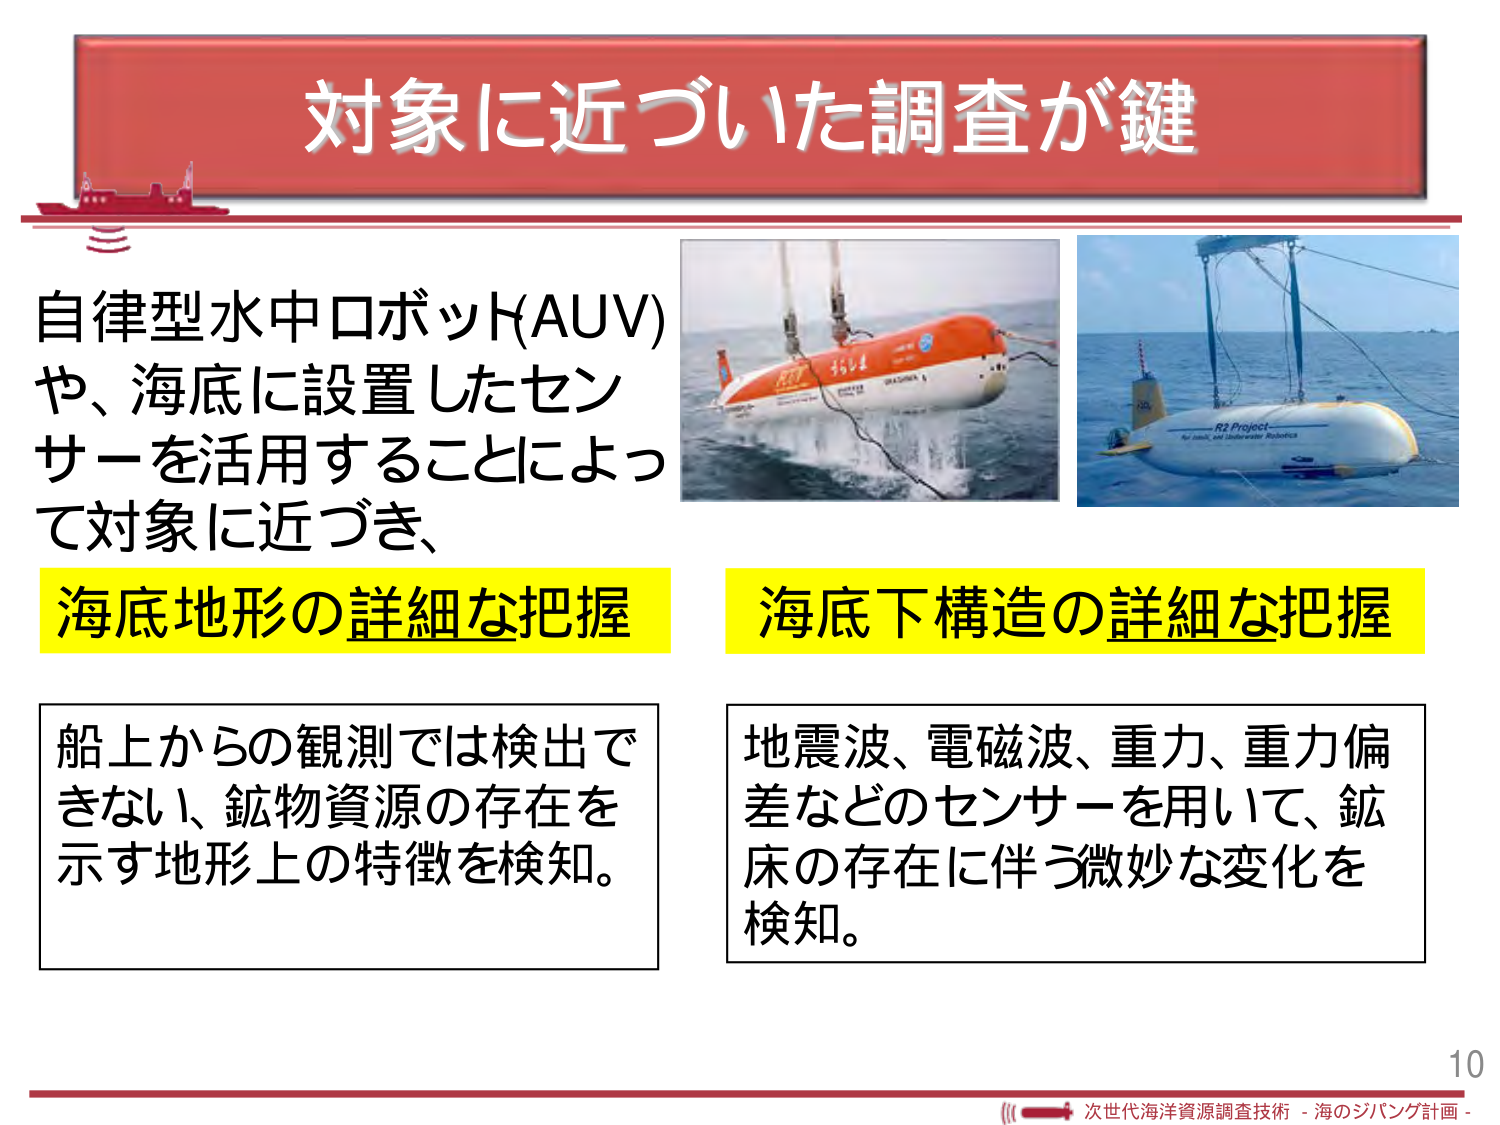
対象に近づいた調査が鍵

自律型水中ロボット(AUV)
や、海底に設置したセン
サーを活用することによっ
て対象に近づき、

海底地形の詳細な把握

船上がらの観測では検出で
きない、鉱物資源の存在を
示す地形上の特徴を検知。

海底下構造の詳細な把握

地震波、電磁波、重力、重力偏
差などのセンサーを用いて、鉱
床の存在に伴う微妙な変化を
検知。

10

次世代海洋資源調査技術 - 海のジパング計画 -